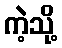
ကဲ့သို့